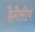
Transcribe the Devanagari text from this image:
हैगैसीय